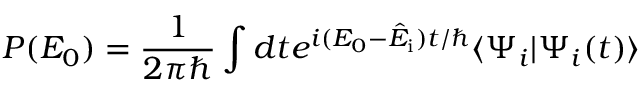
P ( E _ { 0 } ) = \frac { 1 } { 2 \pi \hbar } \int d t e ^ { i ( E _ { 0 } - \hat { E } _ { \mathrm { i } } ) t / \hbar } \langle \Psi _ { i } | \Psi _ { i } ( t ) \rangle